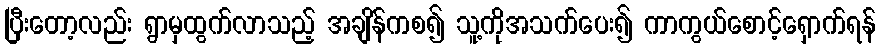
ပြီးတော့လည်း ရွာမှထွက်လာသည့် အချိန်ကစ၍ သူ့ကိုအသက်ပေး၍ ကာကွယ်စောင့်ရှောက်ရန်